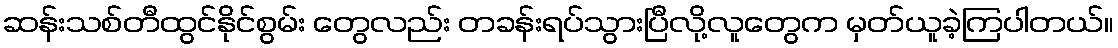
ဆန်းသစ်တီထွင်နိုင်စွမ်း တွေလည်း တခန်းရပ်သွားပြီလို့လူတွေက မှတ်ယူခဲ့ကြပါတယ်။